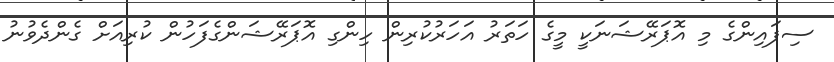
ސިފައިންގެ މި އޮޕަރޭޝަނަކީ މީގެ ހަތަރު އަހަރުކުރިން ހިންގި އޮޕަރޭޝަންގެފަހުން ކުރިއަށް ގެންދެވުނު